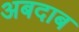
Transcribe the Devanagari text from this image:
अबदाब